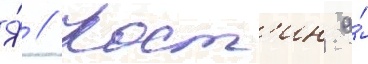
Я́ // Кост'ин а́